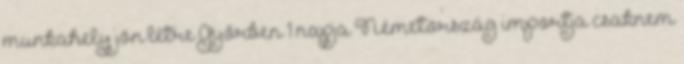
munkahely jön létre Győrben 1 napja Németország importja csaknem